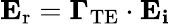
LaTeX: \mathbf{E}_{\mathrm{r}}=\mathbf{\Gamma}_{\mathrm{TE}}\cdot\mathbf{E_{i}}